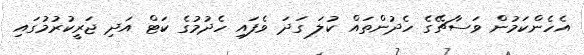
އެހެންކަމުން ވަސާޗޭގެ ހެދުންތައް ކުލަ ގަދަ ވެފައި ހެދުމުގެ ކަޓް އަދި ޖަރީކުރުމުގައި